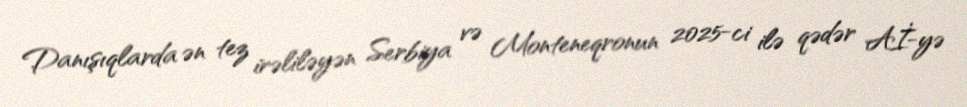
Danışıqlarda ən tez irəliləyən Serbiya və Monteneqronun 2025-ci ilə qədər Aİ-yə